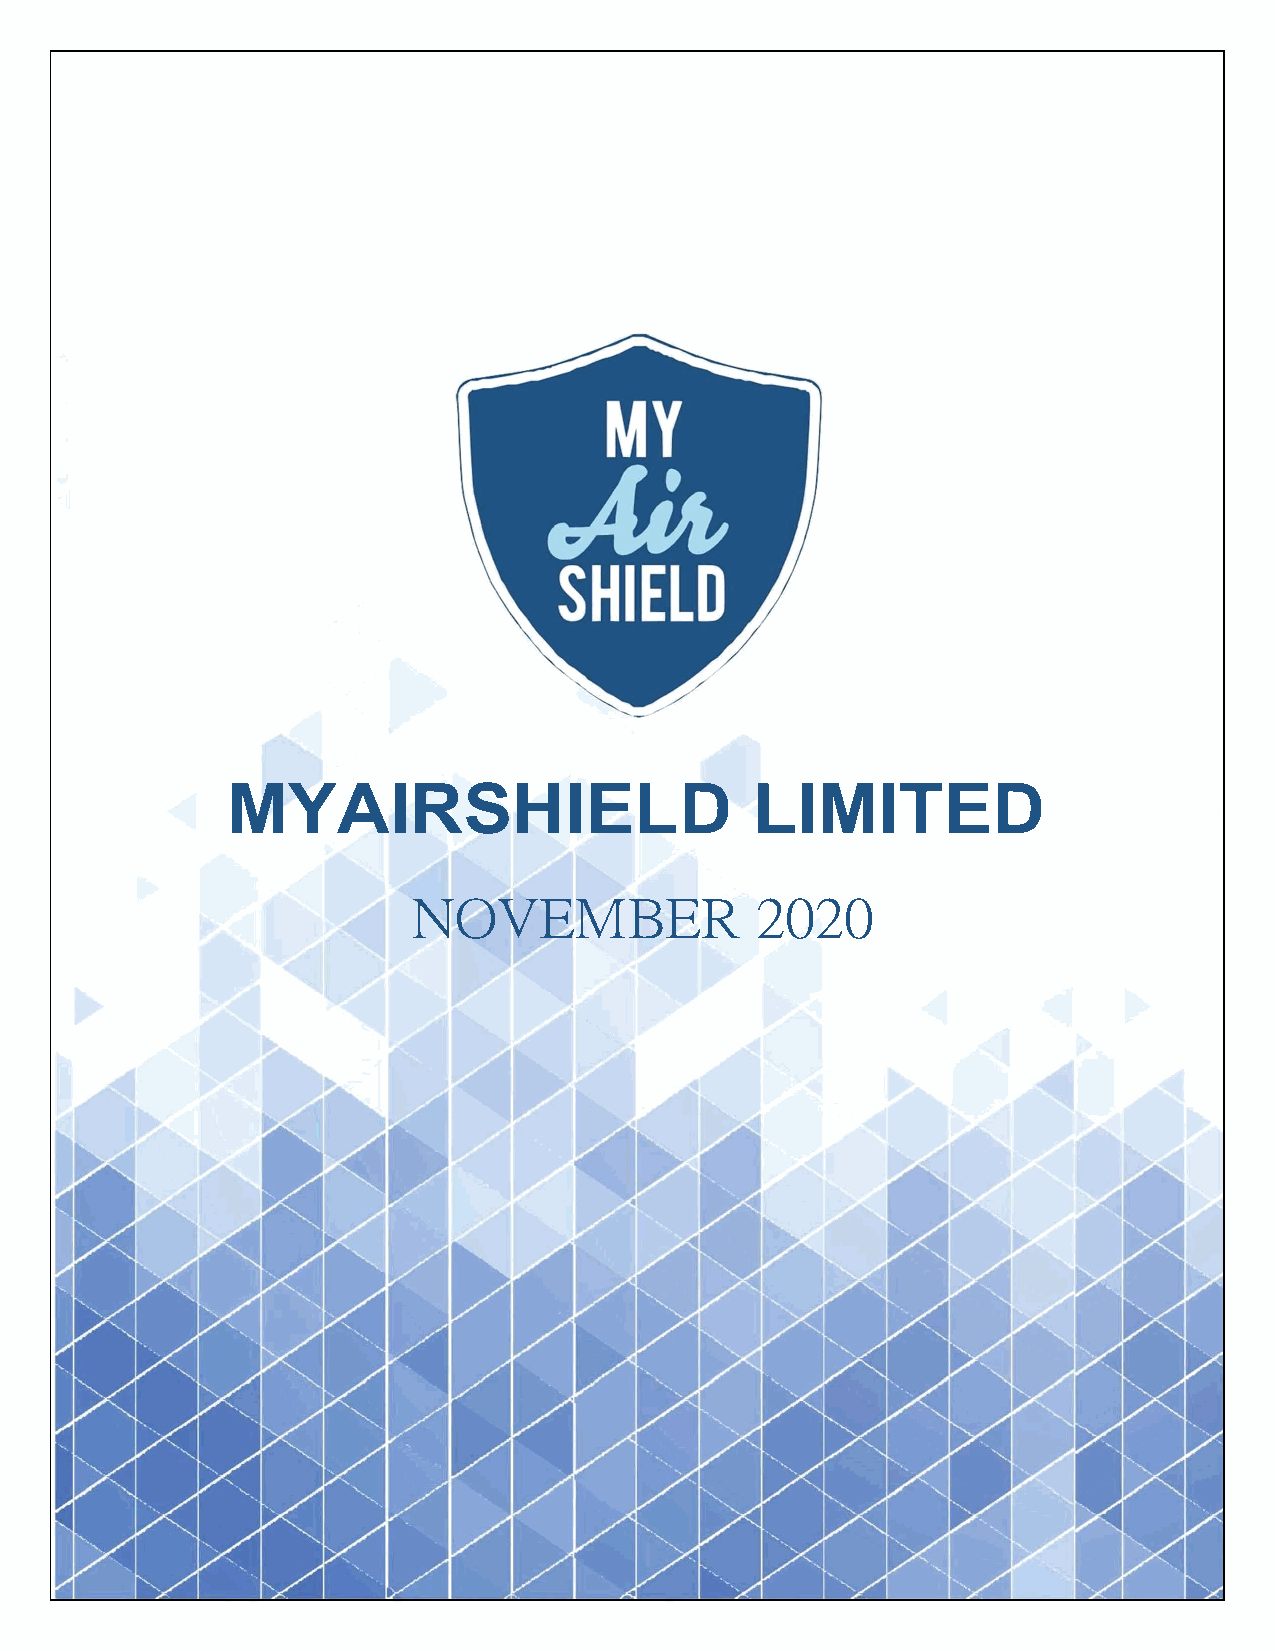
MYAIRSHIELD                        LIMITED
 NOVEMBER               2020